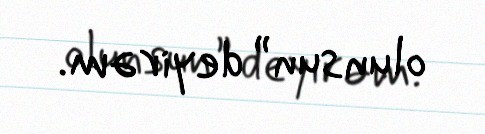
olunsun” deyirəm.